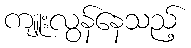
ကျူးလွန်နေသည့်